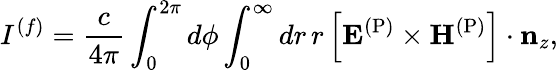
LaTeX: I^{(f)}=\frac{c}{4\pi}\int_{0}^{2\pi}d\phi\int_{0}^{\infty}dr\, r\left[\mathbf{E}^{\mathrm{(P)}}\times\mathbf{H}^{\mathrm{(P)}}\right]\cdot\mathbf{n}_{z},